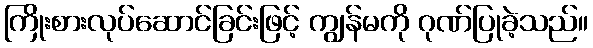
ကြိုးစားလုပ်ဆောင်ခြင်းဖြင့် ကျွန်မကို ဂုဏ်ပြုခဲ့သည်။